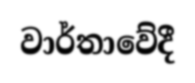
වාර්තාවේදී